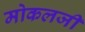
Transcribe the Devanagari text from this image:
मोकलजी